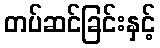
တပ်ဆင်ခြင်းနှင့်